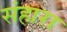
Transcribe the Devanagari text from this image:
संहारा